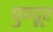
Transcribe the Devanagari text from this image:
पुण्डूर